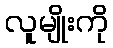
လူမျိုးကို